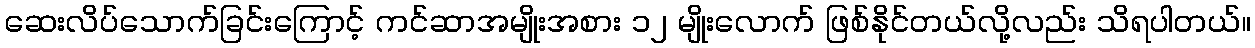
ဆေးလိပ်သောက်ခြင်းကြောင့် ကင်ဆာအမျိုးအစား ၁၂ မျိုးလောက် ဖြစ်နိုင်တယ်လို့လည်း သိရပါတယ်။